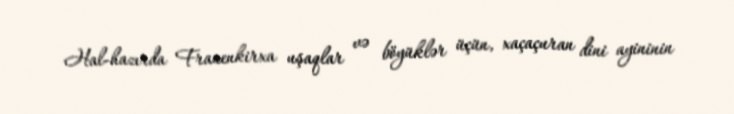
Hal-hazırda Frauenkirxa uşaqlar və böyüklər üçün, xaçaçuran dini ayininin